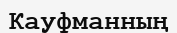
Кауфманның